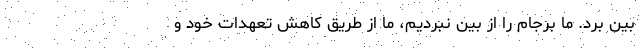
بین برد. ما برجام را از بین نبردیم، ما از طریق کاهش‌ تعهدات خود و